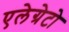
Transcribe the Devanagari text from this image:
एलेग्रेटो